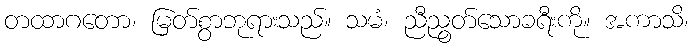
တထာဂတော၊ မြတ်စွာဘုရားသည်။ သမံ၊ ညီညွတ်သောခရီးကို။ အကာသိ၊